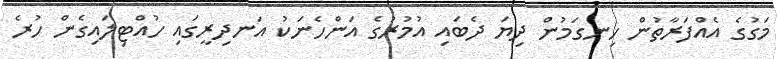
މަގުގެ އެއްފަރާތުން ހިނގަމުން ދިޔަ ދެބައި އުމުރުގެ އަންހެނަކު އަނދިރީގައި ހުއްޓިލައިގެން ހުރެ